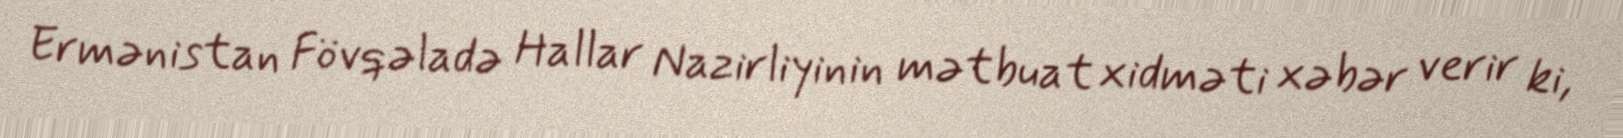
Ermənistan Fövqəladə Hallar Nazirliyinin mətbuat xidməti xəbər verir ki,